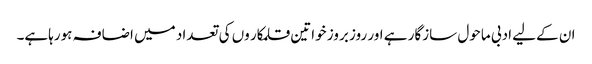
ان کےلیے ادبی ماحول سازگار ہے اور روز بروز خواتین قلمکار وں کی تعداد میں اضافہ ہورہاہے۔